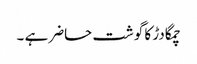
چمگادڑ کا گوشت حاضر ہے ۔